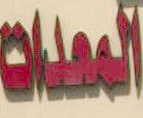
المعدات